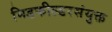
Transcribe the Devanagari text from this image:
मिडफील्डरसंयुक्त